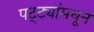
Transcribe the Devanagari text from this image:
पट्ट्यांमधून